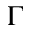
\Gamma